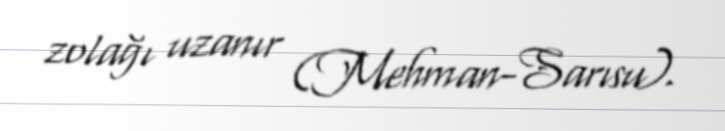
zolağı uzanır (Mehman-Sarısu).